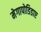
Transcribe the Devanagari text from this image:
मेगापोडिडाए